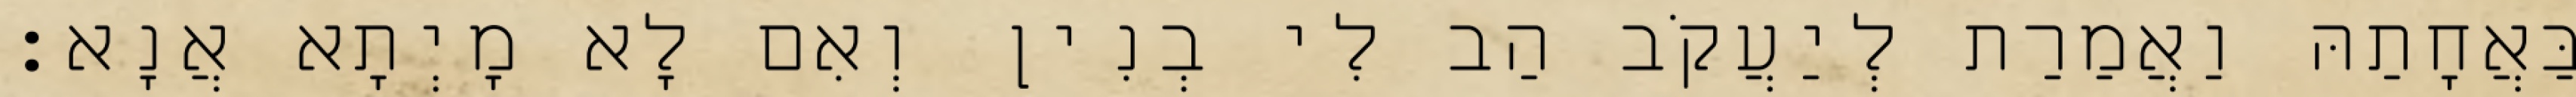
בַּאֲחָתַהּ וַאֲמַרַת לְיַעֲקֹב הַב לִי בְנִין וְאִם לָא מָיְתָא אֲנָא׃